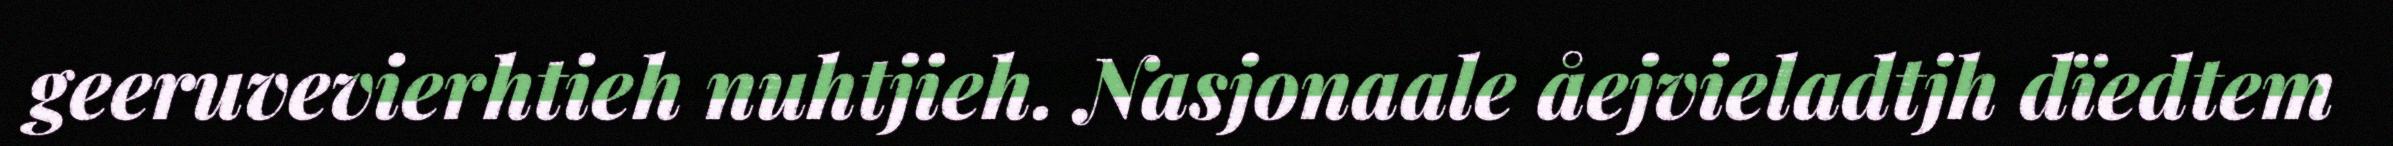
geeruvevierhtieh nuhtjieh. Nasjonaale åejvieladtjh dïedtem